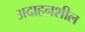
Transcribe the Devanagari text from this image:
अदाहनशील